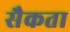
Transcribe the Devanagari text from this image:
सैकता